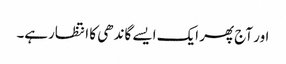
اور آج پھر ایک ایسے گاندھی کا انتظارہے۔